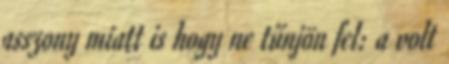
asszony miatt is hogy ne tűnjön fel: a volt